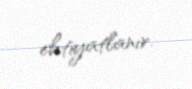
ehtiyatlanır.